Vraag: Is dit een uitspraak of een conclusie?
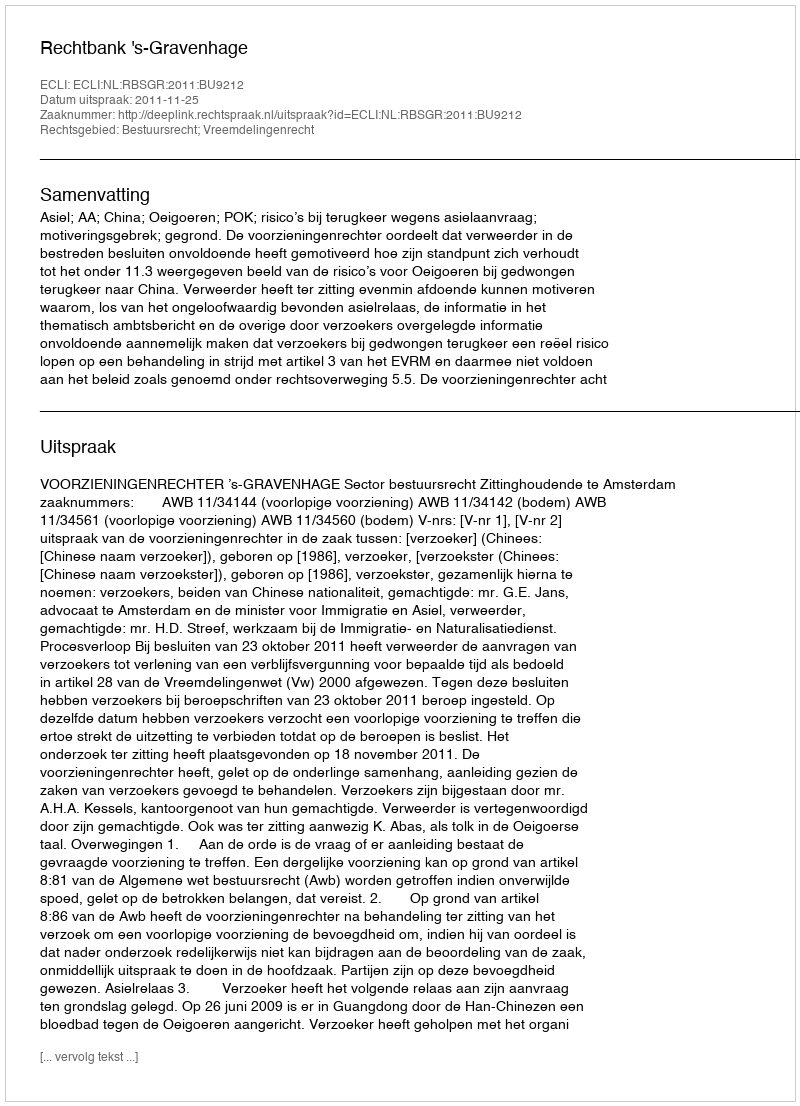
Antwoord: Uitspraak